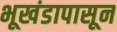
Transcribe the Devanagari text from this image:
भूखंडापासून